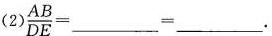
(2) $$\frac { A B } { D E } = ___ = ___$$.